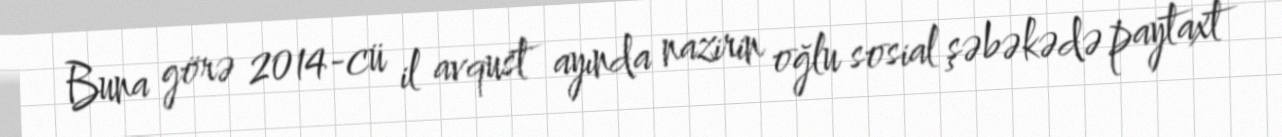
Buna görə 2014-cü il avqust ayında nazirin oğlu sosial şəbəkədə paytaxt